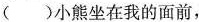
()小熊坐在我的面前，